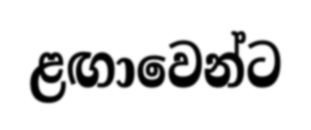
ළඟාවෙන්ට